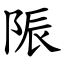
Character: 陙